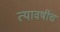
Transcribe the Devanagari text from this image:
त्यावर्षीच